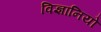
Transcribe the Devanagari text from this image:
विज्ञानियो